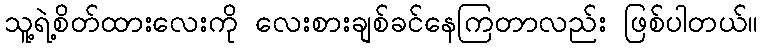
သူ့ရဲ့စိတ်ထားလေးကို လေးစားချစ်ခင်နေကြတာလည်း ဖြစ်ပါတယ်။